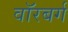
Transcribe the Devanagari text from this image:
वॉरबर्ग